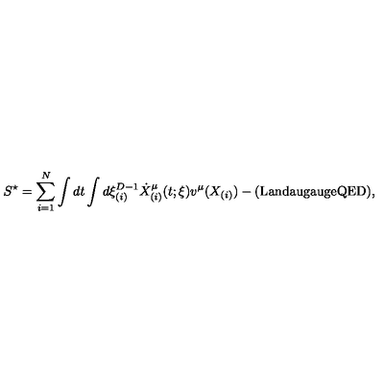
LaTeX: S ^ { \star } = \sum _ { i = 1 } ^ { N } \int d t \int d \xi _ { ( i ) } ^ { D - 1 } \dot { X } _ { ( i ) } ^ { \mu } ( t ; \xi ) v ^ { \mu } ( X _ { ( i ) } ) - ( \mathrm { L a n d a u g a u g e Q E D } ) ,